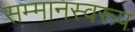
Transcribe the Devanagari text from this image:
सम्‍मानस्‍वरूप